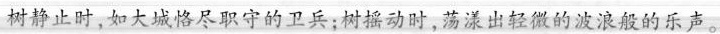
静止时，如大城恪尽职守的卫兵；树摇动时，荡漾出轻微的波浪的乐声。